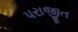
પરાજીત